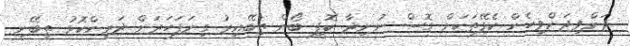
ދަންވިދަންވިހެން ކެފޭތަކަށް ގޮސް ނުނިދާ ކޮފީ ބޯން ތިބޭއިރު ގިނަފަހަރަށް ދަރިންކޮޅު ތިބޭނީ